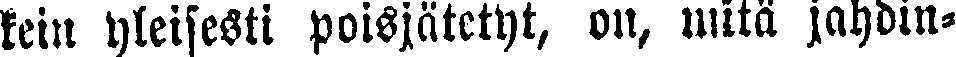
kein yleisesti poisjätetyt, on, mitä jahdin-